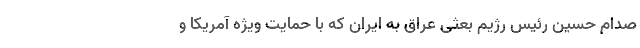
صدام حسین رئیس رژیم بعثی عراق به ایران که با حمایت ویژه آمریکا و